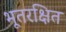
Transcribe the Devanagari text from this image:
भूतरक्षित